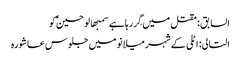
السابق: مقتل میں گِر رہا ہے سمبھالو حسینؑ کو
التالی: اٹلی کے شہر میلانو میں جلوس عاشورہ